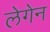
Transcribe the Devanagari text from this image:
लेगेन